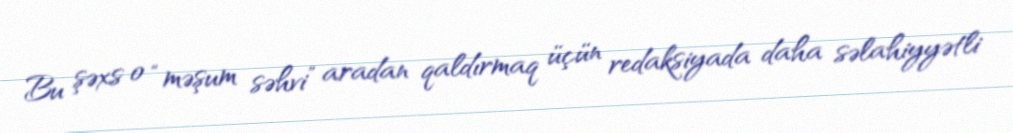
Bu şəxs o “məşum səhvi” aradan qaldırmaq üçün redaksiyada daha səlahiyyətli